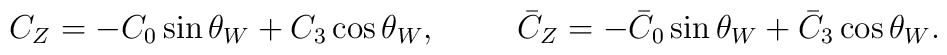
C_{Z}=-C_0\sin\theta_{W}+C_3\cos\theta_{W}, \hskip 1cm      {\bar C}_{Z}=-{\bar C}_0\sin\theta_{W}+{\bar C}_3          \cos\theta_{W}.